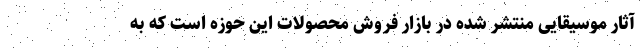
آثار موسیقایی منتشر شده در بازار فروش محصولات این حوزه است که به